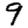
Digit: 9